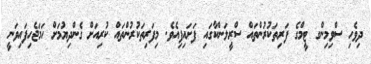
ދިވެހި ސްވިމިންގ ޓީމްގެ ފަރިތަކުރުންތައް ސްރީލަންކާގައި ފަށައިފިއެވެ. މިފަރިތަކުރުންތައް ކުރިއަށް ގެންދިޔުމަށް ހަމަޖެހިފައިވަނީ